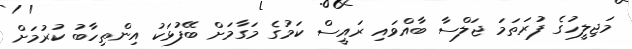
މަޖިލީހުގެ ފުރަތަމަ ޖަލްސާ ބާއްވައި ރައީސް ކަމުގެ މަގާމަށް ބޭފުޅަކު އިންތިހާބު ކުރުމަށް